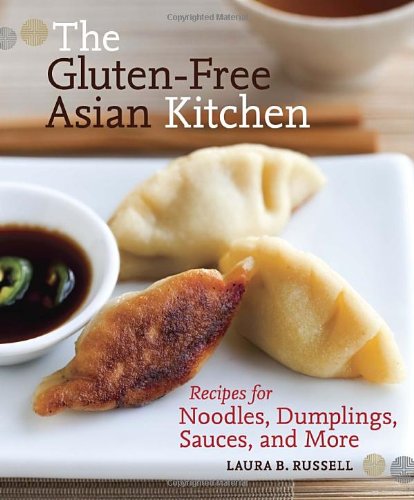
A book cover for The Gluten-Free Asian Kitchen: Recipes for Noodles, Dumplings, Sauces, and More; Laura B. Russell; Cookbooks, Food & Wine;